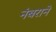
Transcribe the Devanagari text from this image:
नंबराने